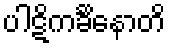
ပါဋိကင်္ခိနောတိ